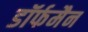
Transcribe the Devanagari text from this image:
डॉर्फमैन